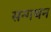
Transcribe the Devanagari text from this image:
सन्गथन